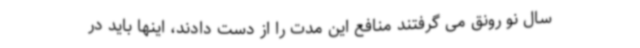
سال نو رونق می گرفتند منافع این مدت را از دست دادند، اینها باید در